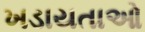
ખડાયતાઓ